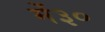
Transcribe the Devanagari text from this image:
में३०